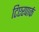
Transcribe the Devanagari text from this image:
टिएरपार्क